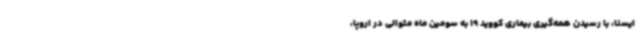
ایسنا، با رسیدن همه‌گیری بیماری کووید 19 به سومین ماه متوالی در اروپا،